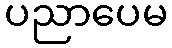
ပညာပေမ